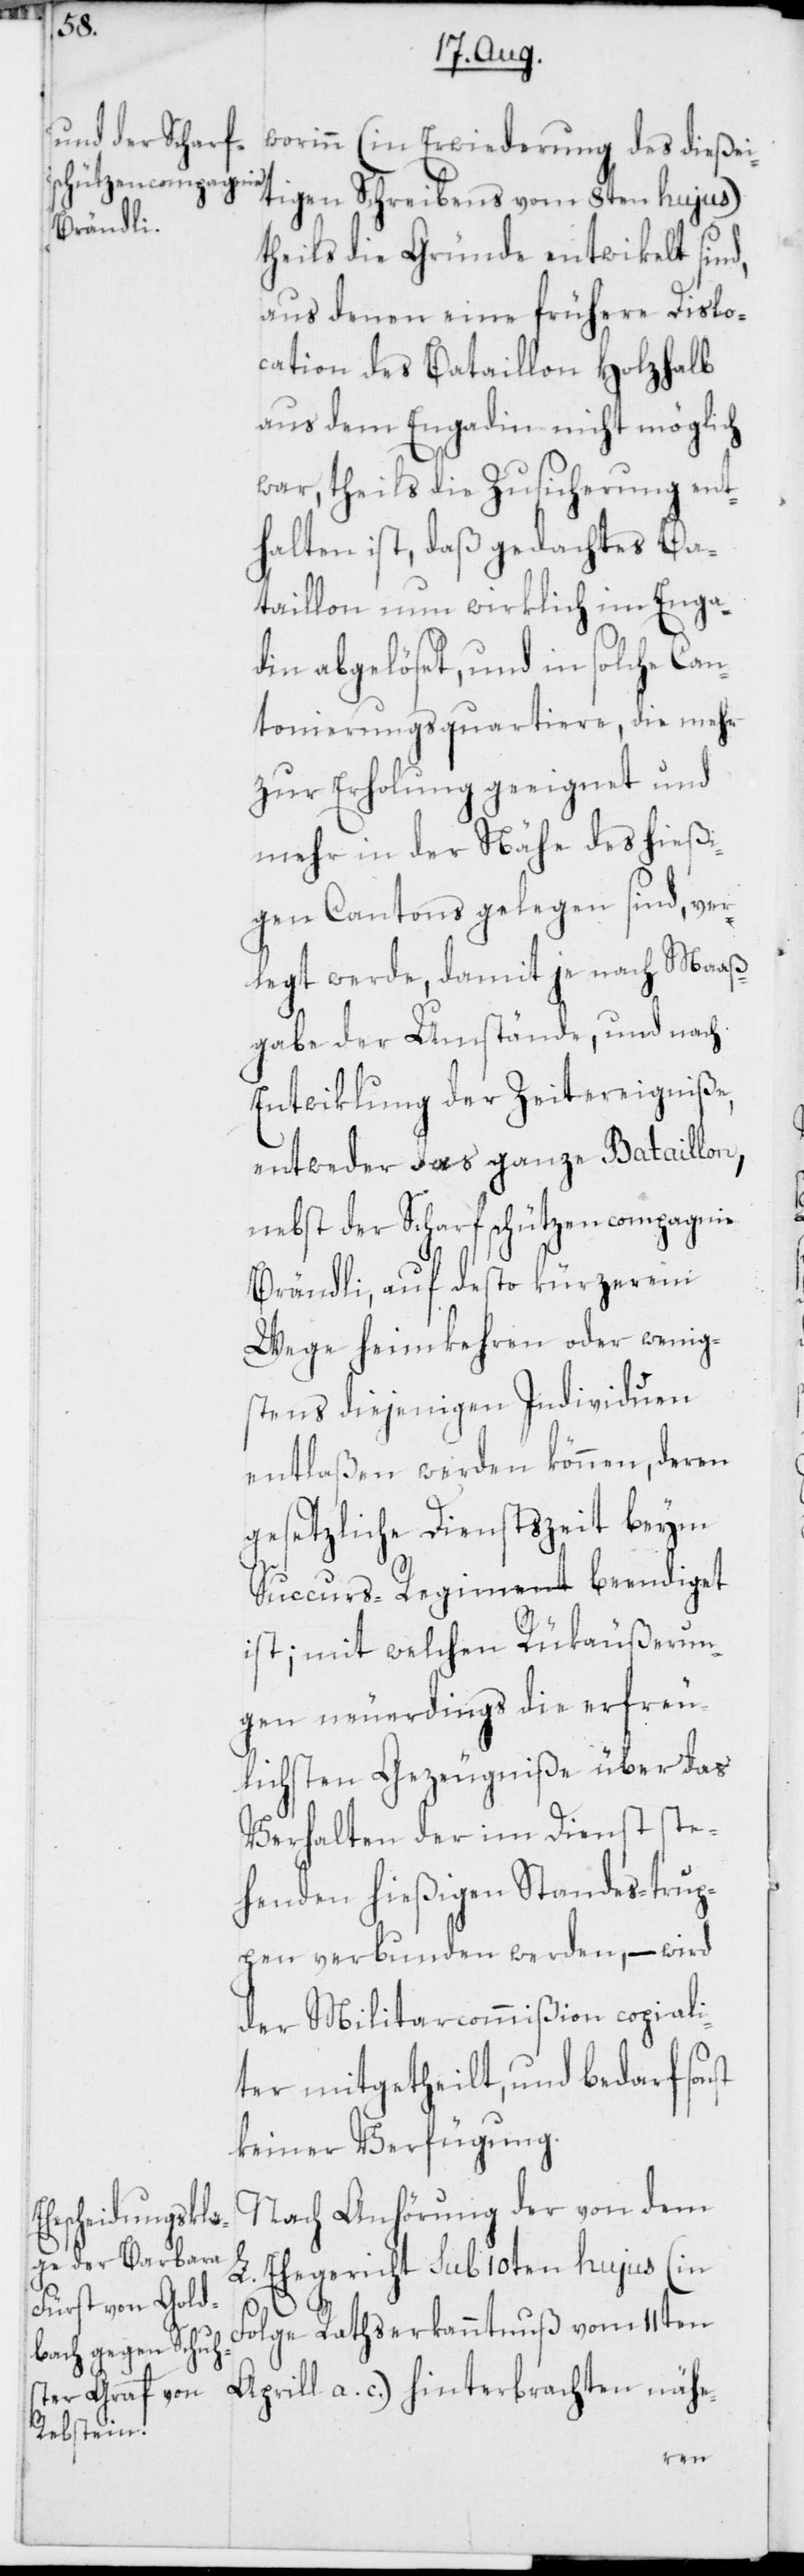
st

worinn (in Erwiederung des dießei¬
tigen Schreibens vom 8ten hujus)
theils die Gründe entwikelt sind,
aus denen eine frühere Dislo¬
cation des Bataillon Holzhalb
aus dem Engadin nicht möglich
war, theils die Zusicherung ent¬
halten ist, daß gedachtes Ba¬
taillon nun wirklich im Enga¬
din abgelöset, und in solche Can¬
tonierungsquartiere, die mehr
zur Erholung geeignet und
mehr in der Nähe des hießi¬
gen Cantons gelegen sind, ver¬
legt werde, damit je nach Maaß¬
gabe der Umstände, und nach
Entwiklung der Zeitereigniße,
entweder das ganze Bataillon,
nebst der Scharfschützencompagnie
Brändli, auf desto kürzerem
Wege heimkehren oder wenig¬
stens diejenigen Individuen
entlaßen werden können, deren
gesetzliche Dienstzeit beym
Succurs-Regiment beendiget
ist; mit welchen Rükäußerun¬
gen neuerdings die erfreu¬
lichsten Gezeugniße über das
Verhalten der im Dienst ste¬
henden hießigen Standes-trup¬
pen verbunden werden, – wird
der Militarcommißion copiali¬
ter mitgetheilt, und bedarf son¬
keiner Verfügung.
Nach Anhörung der von dem
L. Ehegericht sub 10ten hujus (in
Folge Rathserkanntnuß vom 11ten
Aprill a. c.) hinterbrachten nähe-